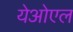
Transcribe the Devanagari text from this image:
येओएल